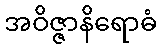
အဝိဇ္ဇာနိရောဓံ